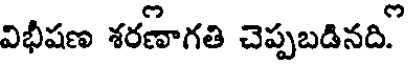
విభీషణ శరణాగతి చెప్పబడినది.